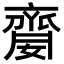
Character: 䶒